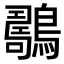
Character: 𪆇